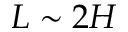
L \sim 2 H